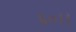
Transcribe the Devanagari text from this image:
६०।।